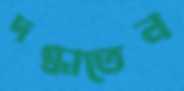
দগ্ধাতেন